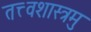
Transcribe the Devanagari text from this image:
तत्त्वशास्त्रमु